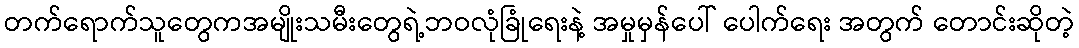
တက်ရောက်သူတွေကအမျိုးသမီးတွေရဲ့ဘဝလုံခြုံရေးနဲ့ အမှုမှန်ပေါ် ပေါက်ရေး အတွက် တောင်းဆိုတဲ့